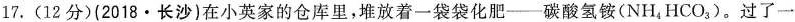
17. (12分)(2018·长沙)在小英家的仓库里，堆放着一袋袋化肥--碳酸氢铵(NH_{4}HCO_{3})。过了一